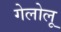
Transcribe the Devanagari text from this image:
गेलोलू